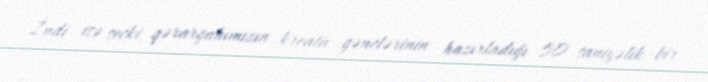
İndi isə seçki qərargahımızın kreativ gənclərinin hazırladığı 50 saniyəlik bir